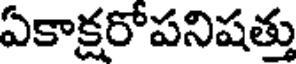
ఏకాక్షరోపనిషత్తు